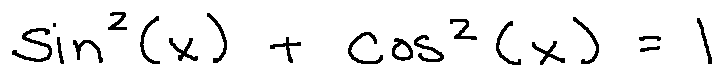
\sin ^ { 2 } ( x ) + \cos ^ { 2 } ( x ) = 1